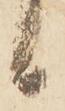
候